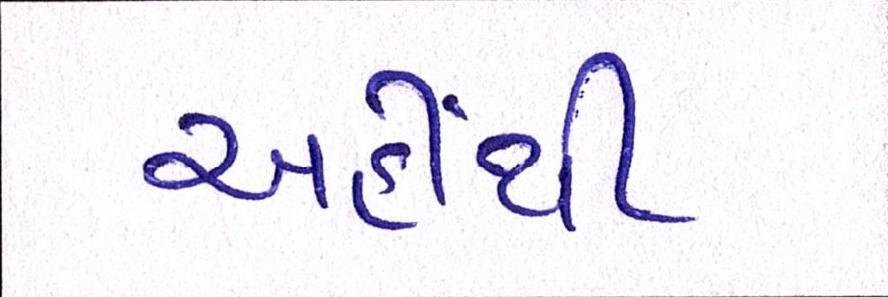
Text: અહીંથી